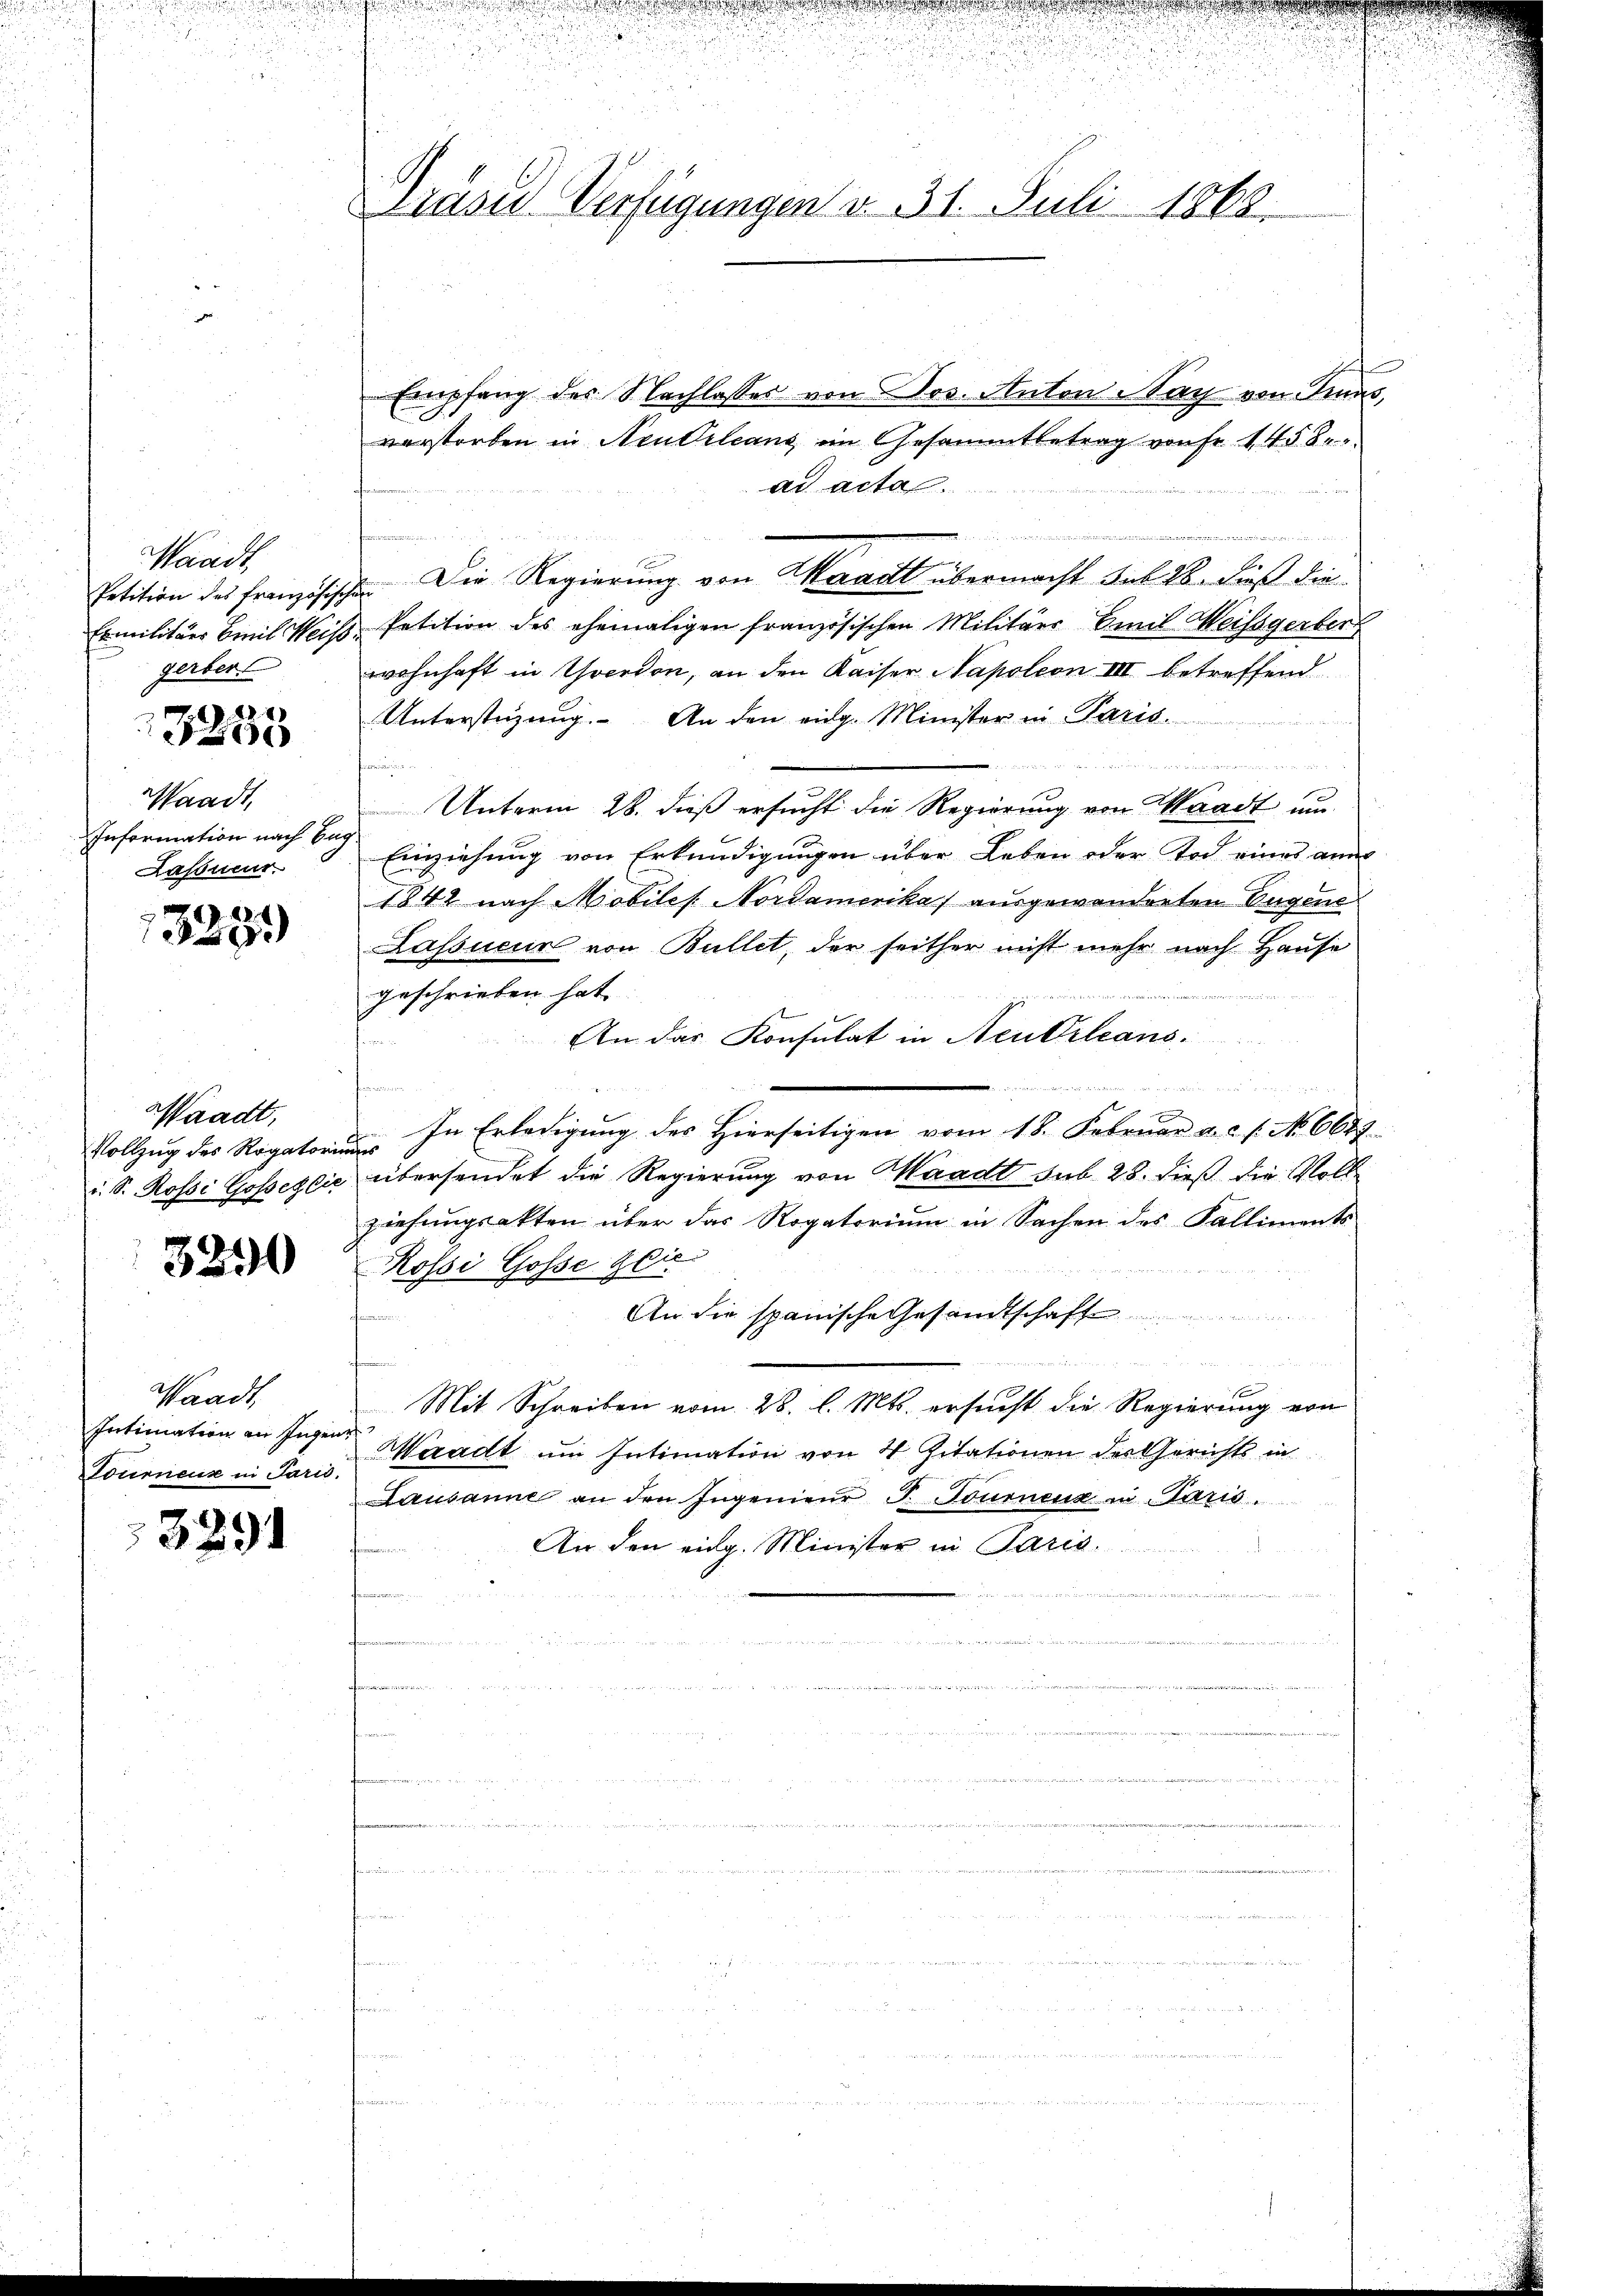
Waadt
Petition des französis
Exmilitärs Civil Weise
gerber
3255

Waadt,
Information nach En¬
Lasonenr.

328.

Waadt,
Vollzug des Rogatori
i. S. Rossi Gosses Cir

3290

Waadt,
Intimation an Ingen
Stournenz in Paris.

3291

Präses Verfügungen v. 31. Juli 1863.

Empfang des Nachlasses von Jos. Anton Nach von Gras,
verstorben in Neudrleans, im Gesammtbetrag von Fr. 145 bead acta.

72
I Die Regierung von Waadt übermacht sub 28. dieß die
& Petition des ehemaligen französischen Militärs Emil Weissgerber
wohnhaft in Yverdon, an den Kaiser Napoleon III betreffend
Unterstüzung. An den eidg. Minister in Paris.

Priori
s
Unterm 28. dieß ersucht die Regierung von Waadt un¬
Einziehung von Erkundigungen über Leben oder Tod eines ain
1842 nach Mobiles. Nordamerika) ausgewanderten Eugene
Kassieur von Bullet, der seither nicht mehr nach Hause
geschrieben hat
An das Konsulat in Neukrleans

In Erledigung des Hierseitigen vom 18. Februar a.c. s. No. 6644
ufer
übersendet die Regierung von Waadt sub 28. dieß die Voll
ziehungsakten über das Rogatorium in Sachen des Kalliments-
Rossi Gosse zie
24
An die spanische Gesandtschaft
        Herren
Mit Schreiben vom 28. l. Mts. ersucht die Regierung von
a
Waadt um Intimation von 4 Zitationen der Gerichts in
Lausanne an den Ingenieŭr J. Tournenz in Claris.
An den eidg. Minister in Paris.
d
 henden
u
n
 ener den